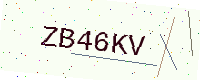
Text: ZB46KV